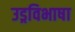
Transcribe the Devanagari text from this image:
उड्रविभाषा